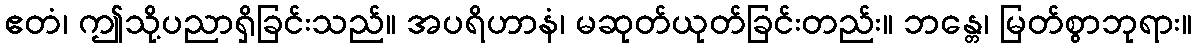
ဧတံ၊ ဤသို့ပညာရှိခြင်းသည်။ အပရိဟာနံ၊ မဆုတ်ယုတ်ခြင်းတည်း။ ဘန္တေ၊ မြတ်စွာဘုရား။